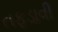
તફડાવી